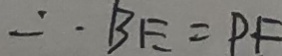
\therefore B E = P F